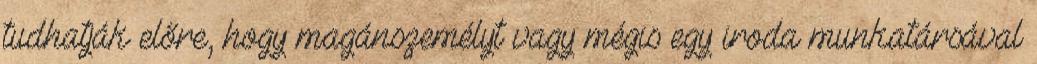
tudhatják előre, hogy magánszemélyt vagy mégis egy iroda munkatársával